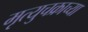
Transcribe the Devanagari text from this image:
मृत्युचक्राच्या